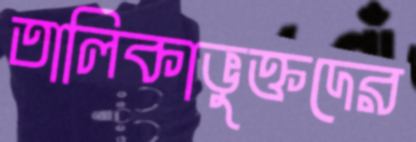
তালিকাভুক্তদের